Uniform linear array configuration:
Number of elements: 24
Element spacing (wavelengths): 0.5
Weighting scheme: binomial
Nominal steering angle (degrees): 30
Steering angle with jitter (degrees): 30.978
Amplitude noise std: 0.05
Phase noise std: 0.05

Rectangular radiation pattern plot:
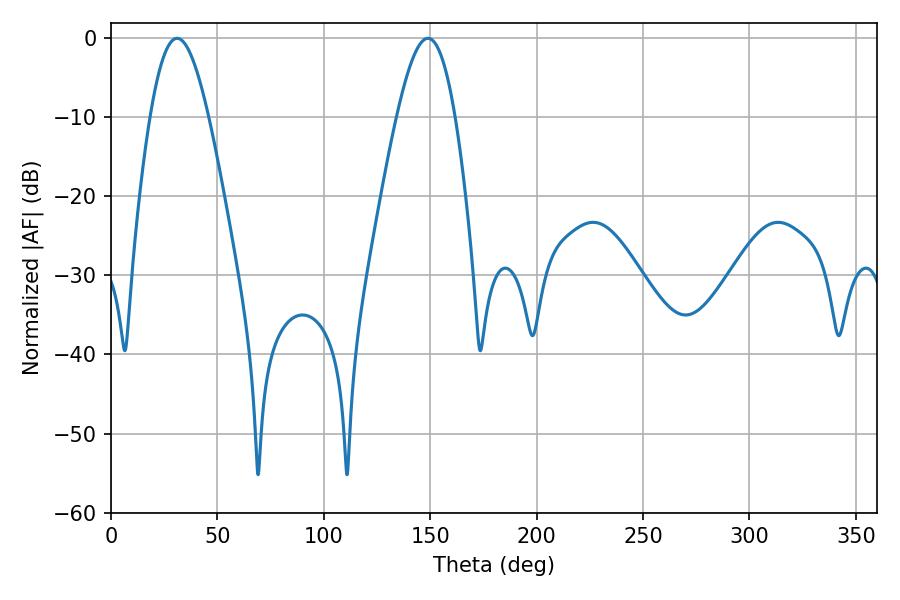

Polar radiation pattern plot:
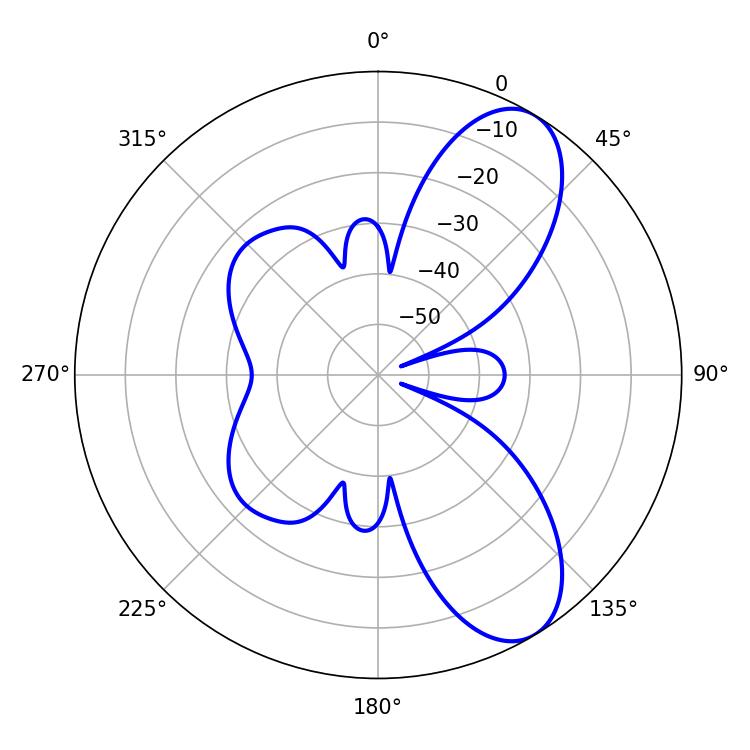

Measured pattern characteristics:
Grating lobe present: FALSE
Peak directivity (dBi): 8.397
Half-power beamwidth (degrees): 14.76
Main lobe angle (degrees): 31.14